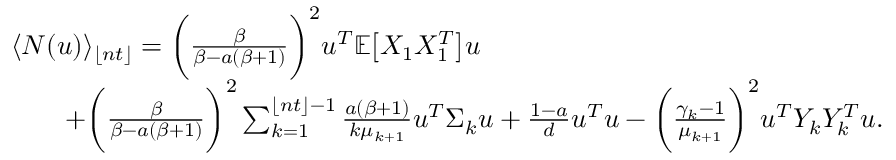
\begin{array} { r l } & { \langle N ( u ) \rangle _ { \lfloor n t \rfloor } = \bigg ( \frac { \beta } { \beta - a ( \beta + 1 ) } \bigg ) ^ { 2 } u ^ { T } \mathbb { E } \big [ X _ { 1 } X _ { 1 } ^ { T } \big ] u } \\ & { \quad \quad + \bigg ( \frac { \beta } { \beta - a ( \beta + 1 ) } \bigg ) ^ { 2 } \sum _ { k = 1 } ^ { { \lfloor n t \rfloor } - 1 } \frac { a ( \beta + 1 ) } { k \mu _ { k + 1 } } u ^ { T } \Sigma _ { k } u + \frac { 1 - a } { d } u ^ { T } u - \bigg ( \frac { \gamma _ { k } - 1 } { \mu _ { k + 1 } } \bigg ) ^ { 2 } u ^ { T } Y _ { k } Y _ { k } ^ { T } u . } \end{array}